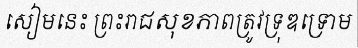
សៀមនេះ ព្រះរាជសុខភាពត្រូវទ្រុឌទ្រោម